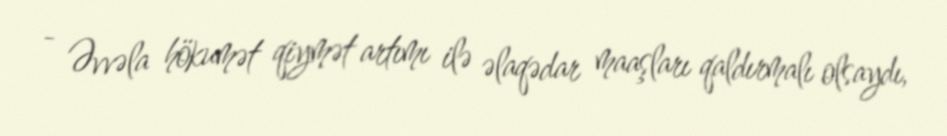
- Əvvəla hökumət qiymət artımı ilə əlaqədar maaşları qaldırmalı olsaydı,